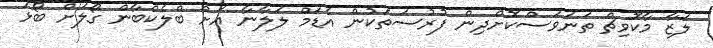
ލަޒާ މާކޮވިޗް ތަނަވަސްކޮށްދިން ފުރުސަތަކުން އެޑަމް ލަލާނާ އަށް ބްލެކްބާން ގޯލަށް ބޯޅަ